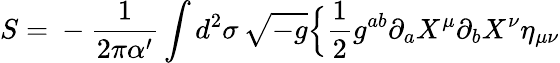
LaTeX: S={}-{\frac{1}{2\pi\alpha^{\prime}}}\int d^{2}\sigma\, \sqrt{-g}\Bigl\{ {\frac{1}{2}}g^{ab}\partial_{a}X^{\mu}\partial_{b}X^{\nu}\eta_{\mu\nu}